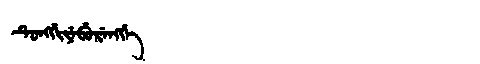
Manchu: ᡨᡠᠩᡤᡳᠶᡝᠪᡠᡵᡝᠩᡤᡝ
Romanization: TUNGGIYEBURENGGE